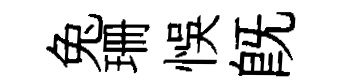
兔珊悞既